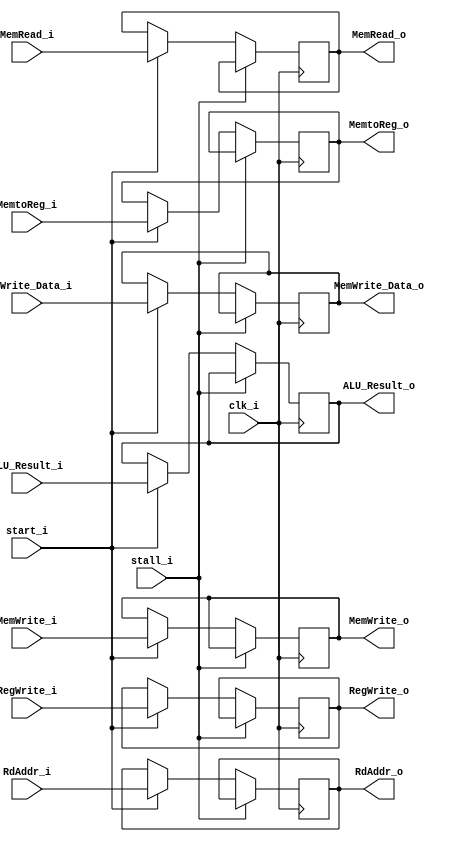
module Register_EXMEM (
    clk_i,
    start_i,
    stall_i,

    // ALU Result & Data & Instruction Address
    ALU_Result_i,
    MemWrite_Data_i,
    RdAddr_i,

    ALU_Result_o,
    MemWrite_Data_o,
    RdAddr_o,

	// Control 
    RegWrite_i, 
    MemtoReg_i, 
    MemRead_i,  
    MemWrite_i, 

    RegWrite_o, 
    MemtoReg_o, 
    MemRead_o,  
    MemWrite_o
     
);
input               clk_i,start_i,stall_i;
input   [31:0]      ALU_Result_i, MemWrite_Data_i;
input   [4:0]       RdAddr_i;
input RegWrite_i, MemtoReg_i, MemRead_i, MemWrite_i;  

output   [31:0]      ALU_Result_o, MemWrite_Data_o;
output   [4:0]       RdAddr_o;
output RegWrite_o, MemtoReg_o, MemRead_o, MemWrite_o;  

reg   [31:0]      ALU_Result_o, MemWrite_Data_o;
reg   [4:0]       RdAddr_o;
reg RegWrite_o, MemtoReg_o, MemRead_o, MemWrite_o;  

always @(posedge clk_i) begin
    if (stall_i) begin
        
    end
    else begin
        if(start_i) begin
            ALU_Result_o        <= ALU_Result_i; 
            MemWrite_Data_o     <= MemWrite_Data_i;  
            RdAddr_o           <= RdAddr_i;   

            RegWrite_o          <= RegWrite_i; 
            MemtoReg_o          <= MemtoReg_i;
            MemRead_o           <= MemRead_i; 
            MemWrite_o          <= MemWrite_i;

        end
        else begin
            ALU_Result_o        <= ALU_Result_o; 
            MemWrite_Data_o     <= MemWrite_Data_o;  
            RdAddr_o           <= RdAddr_o;   

            RegWrite_o          <= RegWrite_o; 
            MemtoReg_o          <= MemtoReg_o;
            MemRead_o           <= MemRead_o; 
            MemWrite_o          <= MemWrite_o;

        end 
        
    end
end

endmodule